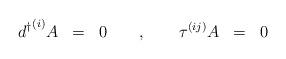
LaTeX: \begin{align*}{d^{\dagger}}^{(i)} A \;\; =\;\; 0 \quad\quad , \quad\quad \tau^{(ij)}A \;\; =\;\; 0\end{align*}